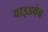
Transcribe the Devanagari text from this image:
वाइडवेब